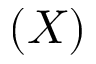
( X )